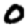
Digit: 0